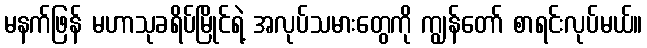
မနက်ဖြန် မဟာသုခရိပ်မြိုင်ရဲ့ အလုပ်သမားတွေကို ကျွန်တော် စာရင်းလုပ်မယ်။